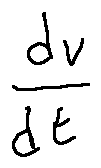
\frac { d v } { d t }